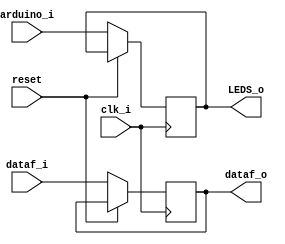
`timescale 1ns / 1ps

module ADC_arduino(arduino_i, reset, clk_i, LEDS_o, dataf_i, dataf_o
    );
	input reset, clk_i;
	input wire dataf_i;
	
	output wire dataf_o;
	
	input wire [11:0] arduino_i;
	output wire [11:0] LEDS_o;
	
	reg [11:0] intermedio, intermedio2;
	reg intermedio3;
	
	assign LEDS_o=intermedio;
	assign dataf_o=intermedio3;
	
	always @(posedge clk_i,posedge reset) 
			begin  
				if(reset)
					begin
						intermedio2=12'b111111111111;
					end
				else
					begin
					intermedio3=dataf_i;
					intermedio=arduino_i;
					end
			end	
endmodule